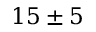
1 5 \pm 5